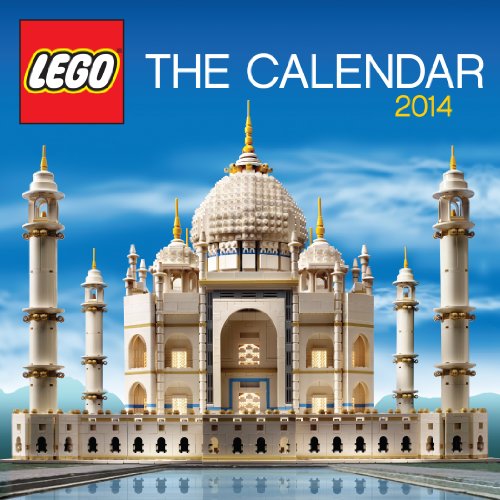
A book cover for Lego Mini Calendar 2014; Workman Publishing; Calendars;